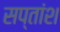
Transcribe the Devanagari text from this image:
सप्तांश